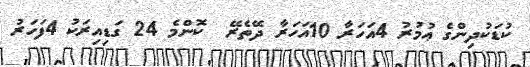
ކުޑަކުދިންގެ ޢުމުރު 4އަހަރާ 10އަހަރާ ދޭތެރޭ  ކޮންމެ 24 ގަޑިއިރަކު 4ފަހަރު